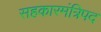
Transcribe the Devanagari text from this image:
सहकारमंत्रिपद